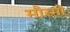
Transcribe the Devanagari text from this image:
मौस्मी